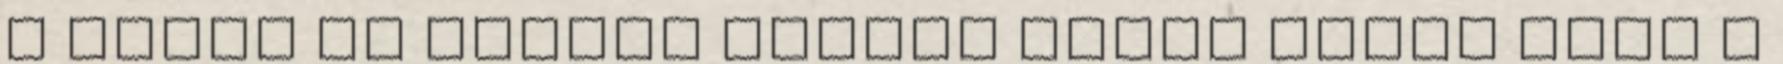
a diófa és szilva árnyék fölém emeli most a